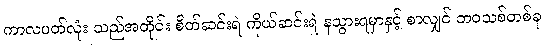
ကာလပတ်လုံး သည်အတိုင်း စိတ်ဆင်းရဲ ကိုယ်ဆင်းရဲ နသွားရမှာနှင့် စာလျှင် ဘဝသစ်တစ်ခု